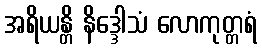
အရိယန္တိ နိဒ္ဒေါသံ လောကုတ္တရံ